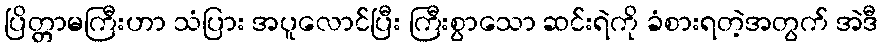
ပြိတ္တာမကြီးဟာ သံပြား အပူလောင်ပြီး ကြီးစွာသော ဆင်းရဲကို ခံစားရတဲ့အတွက် အဲဒီ